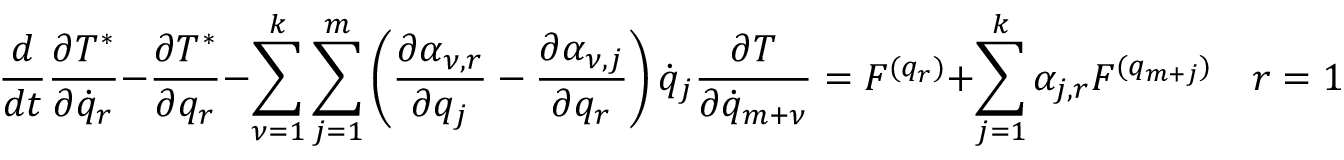
\frac { d } { d t } \frac { \partial T ^ { * } } { \partial { \dot { q } } _ { r } } - \frac { \partial T ^ { * } } { \partial q _ { r } } - \sum _ { \nu = 1 } ^ { k } \sum _ { j = 1 } ^ { m } \left( \frac { \partial \alpha _ { \nu , r } } { \partial q _ { j } } - \frac { \partial \alpha _ { \nu , j } } { \partial q _ { r } } \right) { \dot { q } } _ { j } \frac { \partial T } { \partial { \dot { q } } _ { m + \nu } } = { \cal F } ^ { ( q _ { r } ) } + \sum _ { j = 1 } ^ { k } \alpha _ { j , r } { \cal F } ^ { ( q _ { m + j } ) } \quad r = 1 , \dots , m .